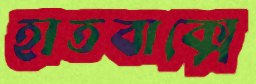
হাতবাক্সে